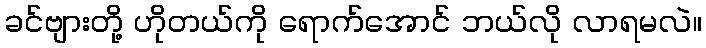
ခင်ဗျားတို့ ဟိုတယ်ကို ရောက်အောင် ဘယ်လို လာရမလဲ။